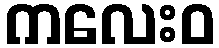
ကလေးဝ